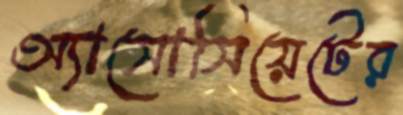
অ্যাসোসিয়েটের